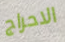
الاحراج